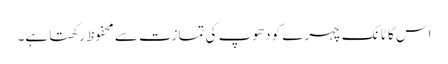
اس کا ٹانک چہرے کو دھوپ کی تمازت سے محفوظ رکھتا ہے۔